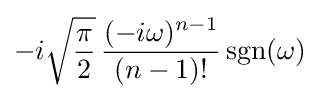
-i{\sqrt {\frac {\pi }{2}}}\,{\frac {(-i\omega )^{n-1}}{(n-1)!}}\operatorname {sgn} (\omega )